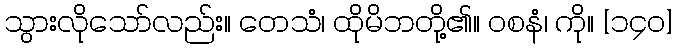
သွားလိုသော်လည်း။ တေသံ၊ ထိုမိဘတို့၏။ ဝစနံ၊ ကို။ [၁၄၀]